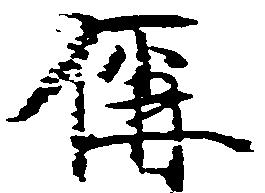
偁